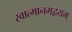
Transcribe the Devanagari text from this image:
स्वात्मानमद्वयम्